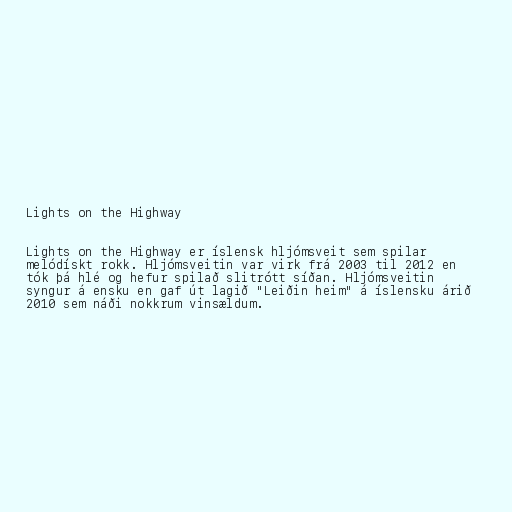
Lights on the Highway

Lights on the Highway er íslensk hljómsveit sem spilar
melódískt rokk. Hljómsveitin var virk frá 2003 til 2012 en
tók þá hlé og hefur spilað slitrótt síðan. Hljómsveitin
syngur á ensku en gaf út lagið "Leiðin heim" á íslensku árið
2010 sem náði nokkrum vinsældum.